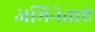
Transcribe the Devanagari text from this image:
अभिनेताएं